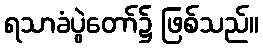
ရသာခံပွဲတော်၌ ဖြစ်သည်။